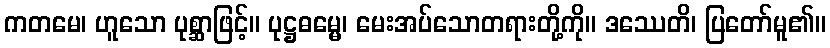
ကတမေ၊ ဟူသော ပုစ္ဆာဖြင့်။ ပုဋ္ဌဓမ္မေ၊ မေးအပ်သောတရားတို့ကို။ ဒဿေတိ၊ ပြတော်မူ၏။